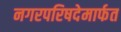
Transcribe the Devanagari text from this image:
नगरपरिषदेमार्फत